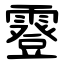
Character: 霯